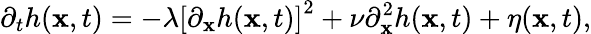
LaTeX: \partial_{t}h(\mathbf{x},t)=-\lambda\left[\partial_{\mathbf{x}}h(\mathbf{x},t)\right]^{2}+\nu\partial_{\mathbf{x}}^{2}h(\mathbf{x},t)+\eta(\mathbf{x},t),